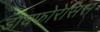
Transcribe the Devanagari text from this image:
डायफोरेसिस